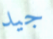
جيد